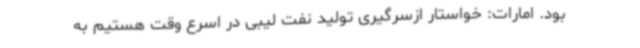
بود. امارات: خواستار ازسرگیری تولید نفت لیبی در اسرع وقت هستیم به